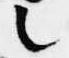
之